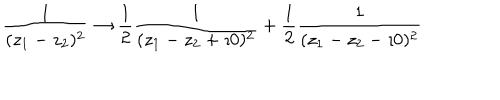
LaTeX: \frac { 1 } { ( z _ { 1 } - z _ { 2 } ) ^ { 2 } } \rightarrow \frac { 1 } { 2 } \frac { 1 } { ( z _ { 1 } - z _ { 2 } + \imath 0 ) ^ { 2 } } + \frac { 1 } { 2 } \frac { 1 } { ( z _ { 1 } - z _ { 2 } - \imath 0 ) ^ { 2 } }